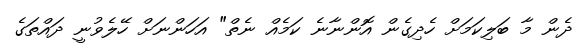
ދެން މާ ބަލިކަމަށް ހެދިގެން އޮންނާނެ ކަމެއް ނެތް" އަހަންނަށް ހޭލެވުނީ ދައްތަގެ